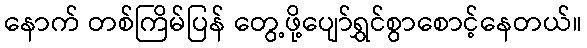
နောက် တစ်ကြိမ်ပြန် တွေ့ဖို့ပျော်ရွှင်စွာစောင့်နေတယ်။